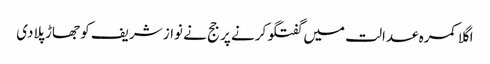
اگلا کمرہ عدالت میں گفتگو کرنے پر جج نے نواز شریف کو جھاڑ پلادی